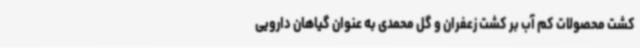
کشت محصولات کم آب بر کشت زعفران و گل محمدی به عنوان گیاهان دارویی